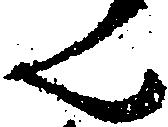
ん